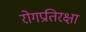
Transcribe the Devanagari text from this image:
रोगप्रतिरक्षा